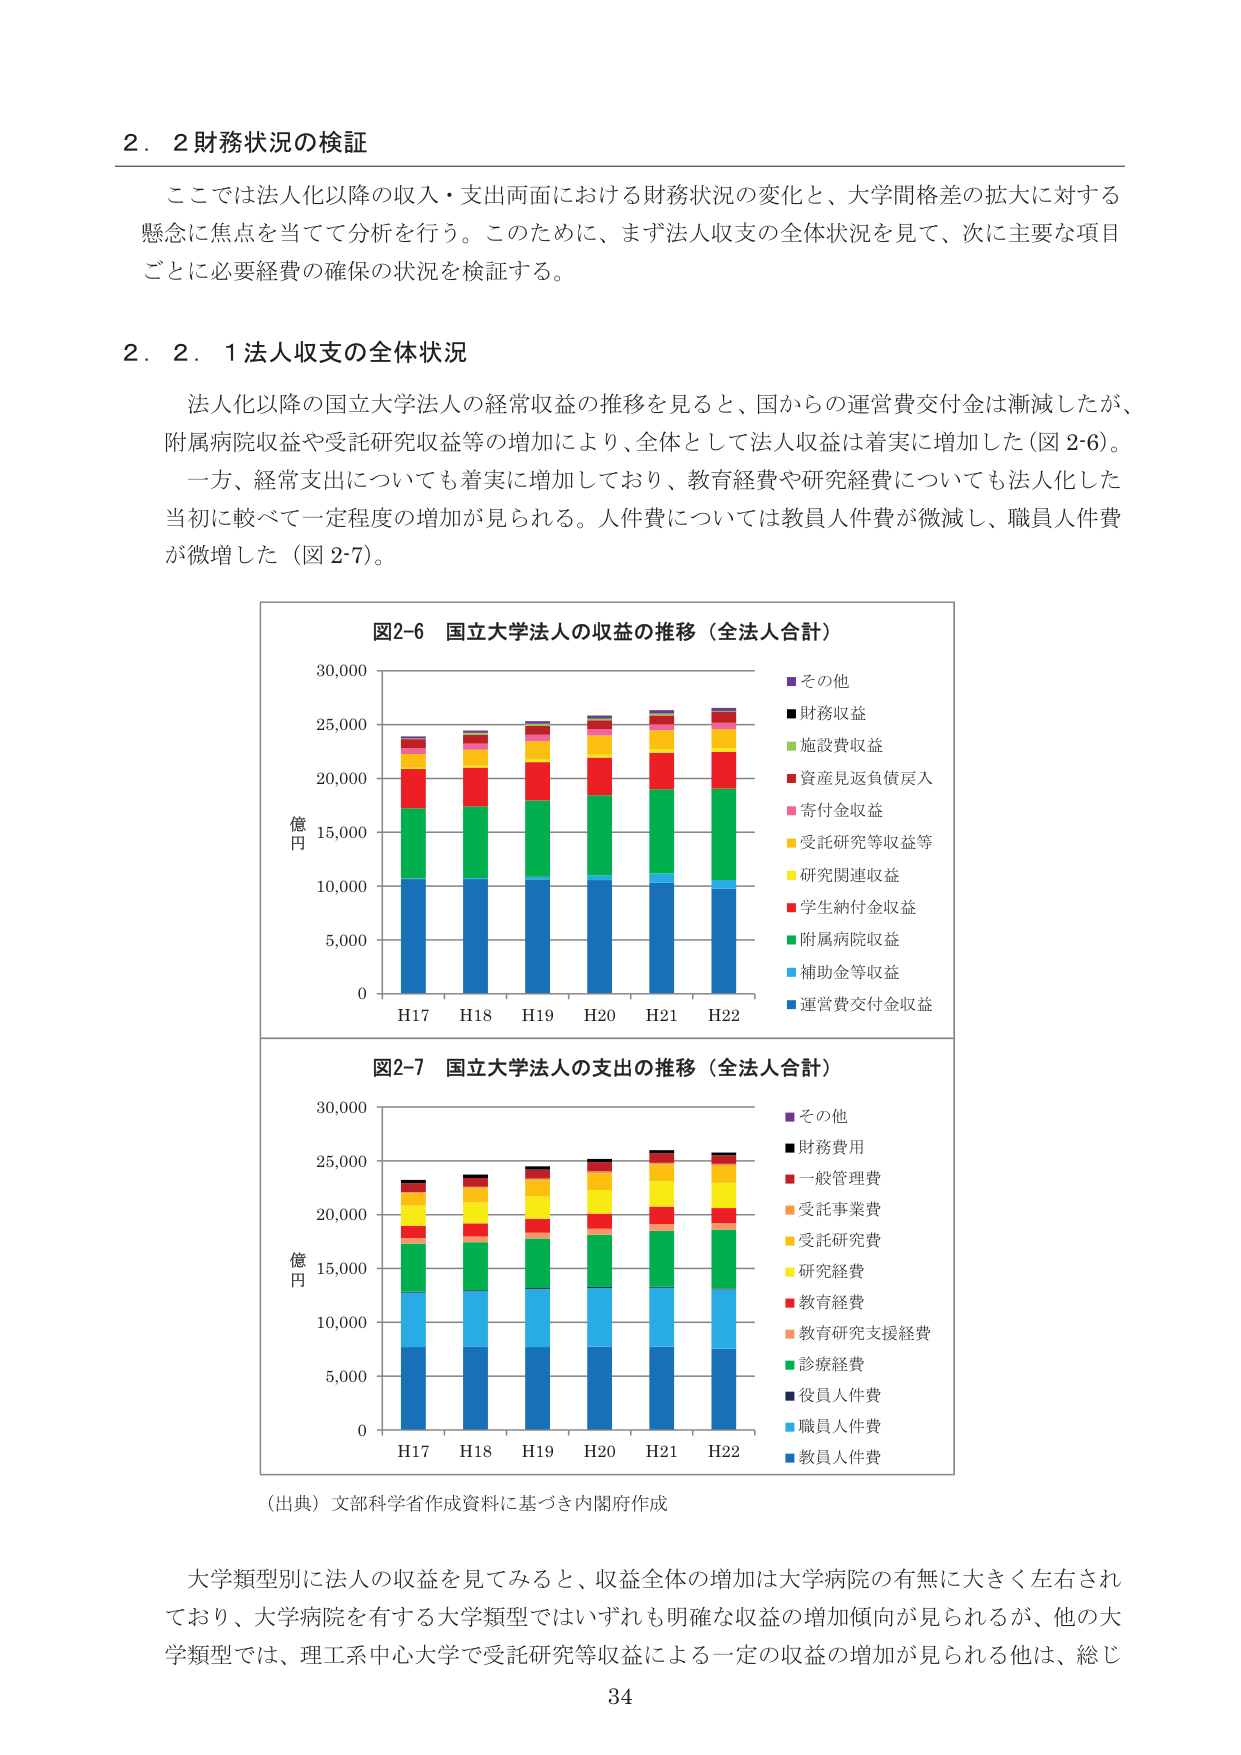
2．2 財務状況の検証

ここでは法人化以降の収入・支出両面における財務状況の変化と、大学間格差の拡大に対する懸念に焦点を当てて分析を行う。このために、まず法人収支の全体状況を見て、次に主要な項目ごとに必要経費の確保の状況を検証する。

2．2．1 法人収支の全体状況

法人化以降の国立大学法人の経常収益の推移を見ると、国からの運営費交付金は漸減したが、附属病院収益や受託研究収益等の増加により、全体として法人収益は着実に増加した（図2-6）。一方、経常支出についても着実に増加しており、教育経費や研究経費についても法人化した当初に較べて一定程度の増加が見られる。人件費については教員人件費が微減し、職員人件費が微増した（図2-7）。

図2-6 国立大学法人の収益の推移（全法人合計）
億円
30,000
25,000
20,000
15,000
10,000
5,000
0
H17 H18 H19 H20 H21 H22
■その他
■財務収益
■施設費収益
■資産見返負債戻入
■寄付金収益
■受託研究等収益等
■研究関連収益
■学生納付金収益
■附属病院収益
■補助金等収益
■運営費交付金収益

図2-7 国立大学法人の支出の推移（全法人合計）
億円
30,000
25,000
20,000
15,000
10,000
5,000
0
H17 H18 H19 H20 H21 H22
■その他
■財務費用
■一般管理費
■受託事業費
■受託研究費
■研究経費
■教育経費
■教育研究支援経費
■診療経費
■役員人件費
■職員人件費
■教員人件費

（出典）文部科学省作成資料に基づき内閣府作成

大学類型別に法人の収益を見てみると、収益全体の増加は大学病院の有無に大きく左右されており、大学病院を有する大学類型ではいずれも明確な収益の増加傾向が見られるが、他の大学類型では、理工系中心大学で受託研究等収益による一定の収益の増加が見られる他は、総じ

34